Elephants and their diseases
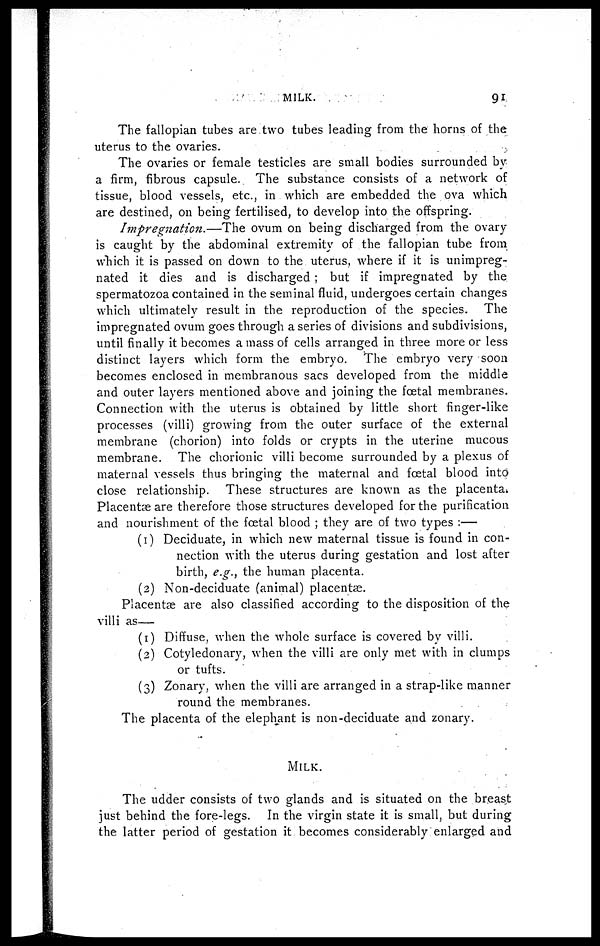
MILK.
91
The fallopian tubes are two tubes leading from the horns of the
uterus to the ovaries.
The ovaries or female testicles are small bodies surrounded by
a firm, fibrous capsule. The substance consists of a network of
tissue, blood vessels, etc., in which are embedded the ova which
are destined, on being fertilised, to develop into the offspring.
Impregnation.—The
ovum on being discharged from the ovary
is caught by the abdominal extremity of the fallopian tube from
which it is passed on down to the uterus, where if it is unimpreg-
nated it dies and is discharged ; but if impregnated by the
spermatozoa contained in the seminal fluid, undergoes certain changes
which ultimately result in the reproduction of the species. The
impregnated ovum goes through a series of divisions and subdivisions,
until finally it becomes a mass of cells arranged in three more or less
distinct layers which form the embryo. The embryo very soon
becomes enclosed in membranous sacs developed from the middle
and outer layers mentioned above and joining the fœtal membranes.
Connection with the uterus is obtained by little short finger-like
processes (villi) growing from the outer surface of the external
membrane (chorion) into folds or crypts in the uterine mucous
membrane. The chorionic villi become surrounded by a plexus of
maternal vessels thus bringing the maternal and fœtal blood into
close relationship. These structures are known as the placenta.
Placentæ are therefore those structures developed for the purification
and nourishment of the fœtal blood ; they are of two types :—
(1) Deciduate, in which new maternal tissue is found in con-
nection with the uterus during gestation and lost after
birth, e.g., the human placenta.
(2) Non-deciduate (animal) placentas.
Placentæ are also classified according to the disposition of the
villi as—
(1) Diffuse, when the whole surface is covered by villi.
(2) Cotyledonary, when the villi are only met with in clumps
or tufts.
(3) Zonary, when the villi are arranged in a strap-like manner
round the membranes.
The placenta of the elephant is non-deciduate and zonary.
MILK.
The udder consists of two glands and is situated on the breast
just behind the fore-legs. In the virgin state it is small, but during
the latter period of gestation it becomes considerably enlarged and